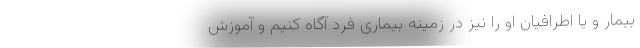
بیمار و یا اطرافیان او را نیز در زمینه بیماری فرد آگاه کنیم و آموزش